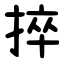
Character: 捽